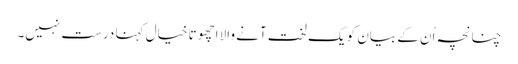
چنانچہ اُن کے بیان کو یک لخت آنے والا اچھوتا خیال کہنا درست نہیں۔